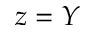
z = Y